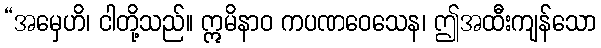
“အမှေဟိ၊ ငါတို့သည်။ ဣမိနာဝ ကပဏဝေသေန၊ ဤအထီးကျန်သော